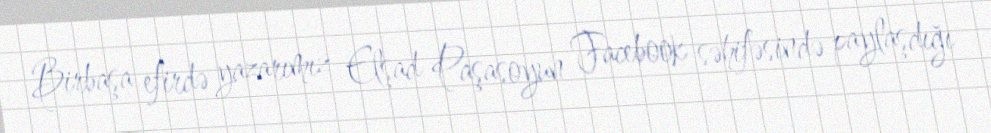
Birbaşa efirdə yazarımız Elşad Paşasoyun Facebook səhifəsində paylaşdığı